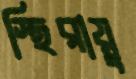
স্থিরায়ু